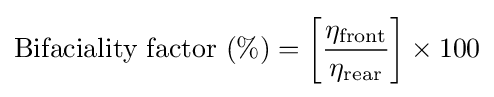
{\text{Bifaciality factor }}(\%)=\left[{\frac {\eta _{\text{front}}}{\eta _{\text{rear}}}}\right]\times 100